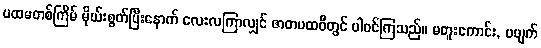
ပထမတစ်ကြိမ် မိုဃ်းစွတ်ပြီးနောက် လေးလကြာလျှင် ဇာတပထဝီတွင် ပါဝင်ကြသည်။ မတူးကောင်း, မဖျက်